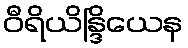
ဝီရိယိန္ဒြိယေန